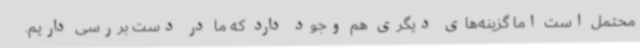
محتمل است اما گزینه‌های دیگری هم وجود دارد که ما در دست بررسی داریم.